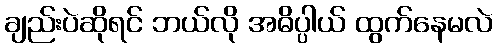
ချည်းပဲဆိုရင် ဘယ်လို အဓိပ္ပါယ် ထွက်နေမလဲ